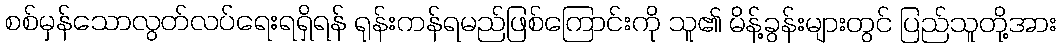
စစ်မှန်သောလွတ်လပ်ရေးရရှိရန် ရုန်းကန်ရမည်ဖြစ်ကြောင်းကို သူ၏ မိန့်ခွန်းများတွင် ပြည်သူတို့အား